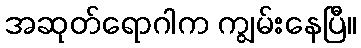
အဆုတ်ရောဂါက ကျွမ်းနေပြီ။